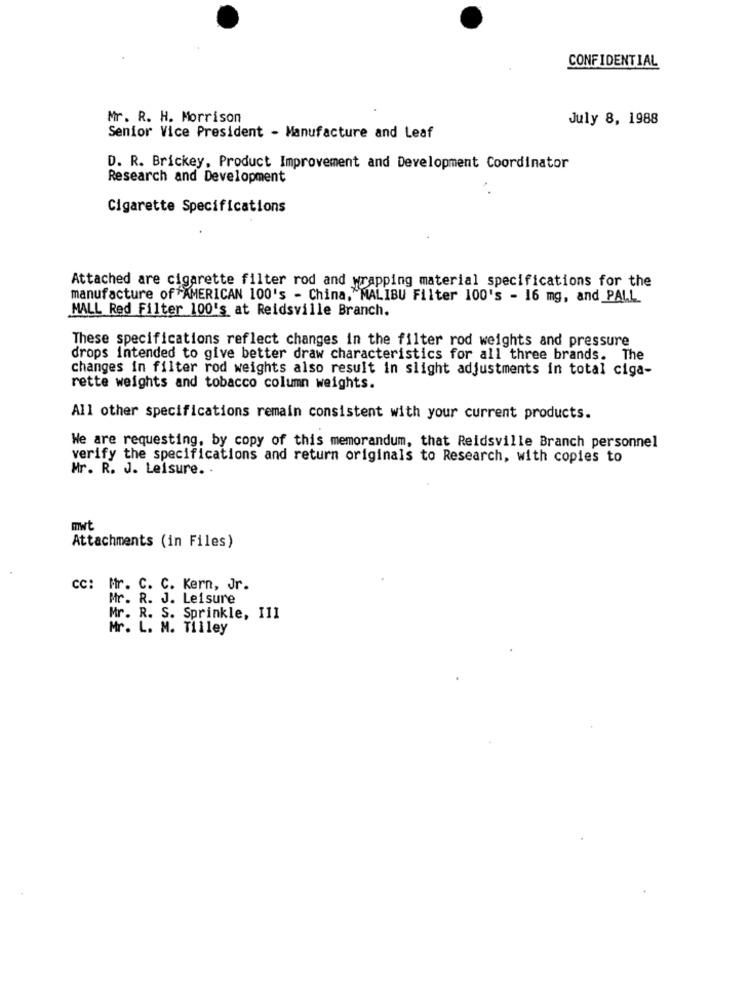
CONFIDENTIAL
Mr. R. H. Morrison
July 8, 1988
Senior Vice President - Manufacture and Leaf
D. R. Brickey, Product Improvement and Development Coordinator
Research and Development
Cigarette Specifications
Attached are cigarette filter rod and wrapping material specifications for the
manufacture of AMERICAN 100's - China, "MALIBU Filter 100's - 16 mg, and PALL
MALL Red Filter 100's at Reidsville Branch.
These specifications reflect changes in the filter rod weights and pressure
drops intended to give better draw characteristics for all three brands. The
changes in filter rod weights also result in slight adjustments in total ciga-
rette weights and tobacco column weights.
All other specifications remain consistent with your current products.
We are requesting, by copy of this memorandum, that Reidsville Branch personnel
verify the specifications and return originals to Research, with copies to
Mr. R. J. Leisure. .
mwt
Attachments (in Files)
cc: Mr. C. C. Kern, Jr.
Mr. R. J. Leisure
Mr. R. S. Sprinkle, III
Mr. L. M. Tilley